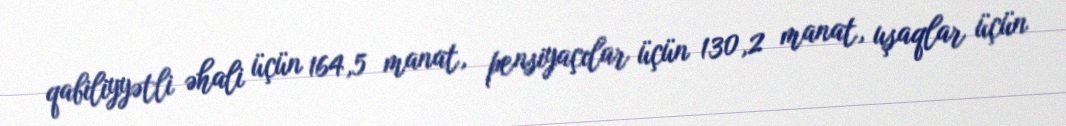
qabiliyyətli əhali üçün 164,5 manat, pensiyaçılar üçün 130,2 manat, uşaqlar üçün